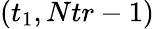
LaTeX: (t_{1},Ntr-1)